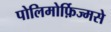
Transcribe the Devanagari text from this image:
पोलिमोर्फ़िज्मसे